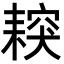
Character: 𦔅